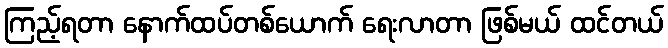
ကြည့်ရတာ နောက်ထပ်တစ်ယောက် ရေးလာတာ ဖြစ်မယ် ထင်တယ်